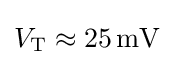
V_{\text{T}}\approx 25\,{\text{mV}}